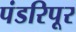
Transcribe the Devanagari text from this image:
पंडरिपूर